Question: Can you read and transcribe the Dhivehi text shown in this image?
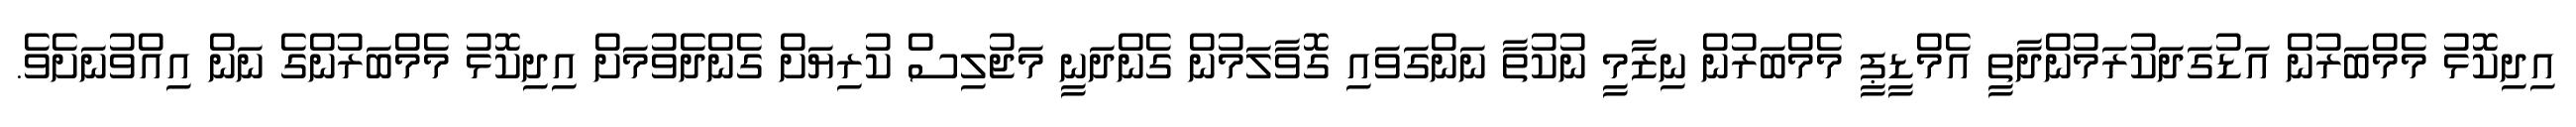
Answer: އިދިކޮޅު މެމްބަރުން އަޑުގަދަކުރަމުންދާތީ އެމްޑީޕީ މެމްބަރުން ނިޒާމީ ނުކުތާ ނަންގަވައި ގޮވާލަމުން ގެންދަނީ މަޖުލިސް ކުރިޔަށް ގެންދެވުމަށް އިދިކޮޅު މެމްބަރުންގެ ނަން އިއްވުނަށެވެ.